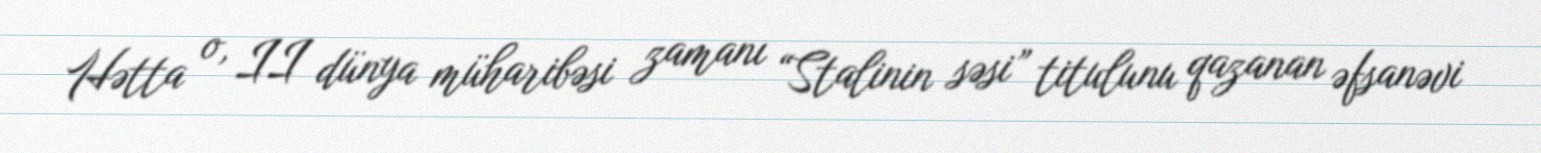
Hətta o, II dünya müharibəsi zamanı “Stalinin səsi” titulunu qazanan əfsanəvi